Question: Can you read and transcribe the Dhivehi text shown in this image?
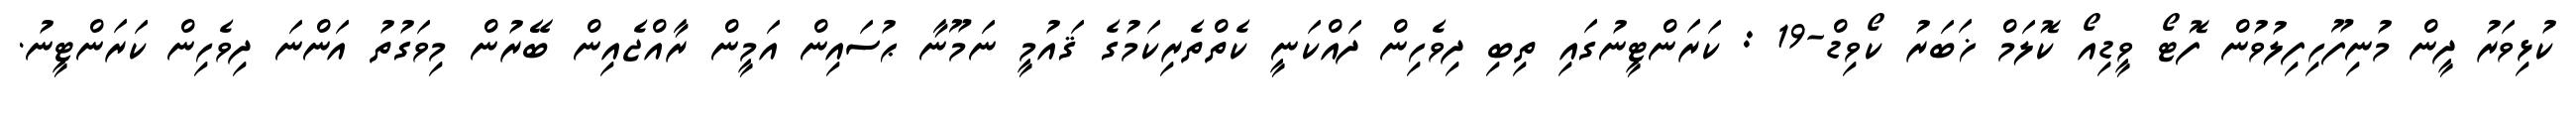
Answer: ކުޅިވަރު ދީން މުނިފޫހިފިލުވުން ފޮޓޯ ވީޑިއޯ ކޮލަމް ޚަބަރު ކޯވިޑް-19 : ކަރަންޓީނުގައި ތިބި ދިވެހިން ދައްކަނީ ކެތްތެރިކަމުގެ ޤައުމީ ނަމޫނާ ޙުސައިން އަމީން ރާއްޖެއިން ބޭރުން މިވަގުތު އަންނަ ދިވެހިން ކަރަންޓީނު.